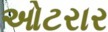
ઓટરાર